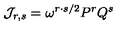
{ \cal J } _ { r , s } = \omega ^ { r \cdot s / 2 } P ^ { r } Q ^ { s }